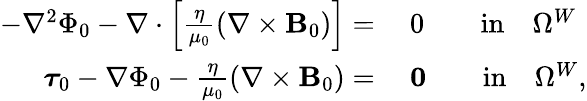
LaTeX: \begin{array}{rl}{-\nabla^{2}\Phi_{0}-\nabla\cdot\left[\frac{\eta}{\mu_{0}}\left(\nabla\times{\mathbf B_{0}}\right)\right]=}&{~0\qquad\mathrm{in}\quad\Omega^{W}}\\ {\boldsymbol{\tau}_{0}-\nabla\Phi_{0}-\frac{\eta}{\mu_{0}}\left(\nabla\times{\mathbf B_{0}}\right)=}&{~\mathbf{0}\qquad\mathrm{in}\quad\Omega^{W},}\end{array}